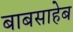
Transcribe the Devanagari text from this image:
बाबसाहेब